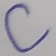
Text: C